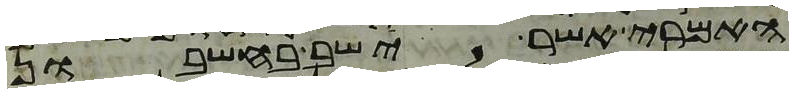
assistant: האמרי אשר ישב בחשבון